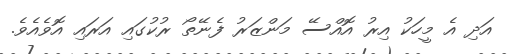
އަދި އެ މީހަކު އިރު އޮއްސޭ މަންޒަރު ފެނޭތޯ ރުކުގައި އަރައި އޮވެއެވެ.